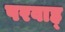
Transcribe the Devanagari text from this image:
परवाह्